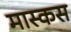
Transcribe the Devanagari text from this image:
मास्कस